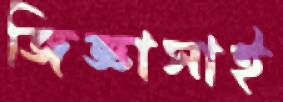
জিজ্ঞাসাই